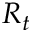
R _ { t }